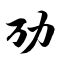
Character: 劢